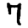
Digit: 7